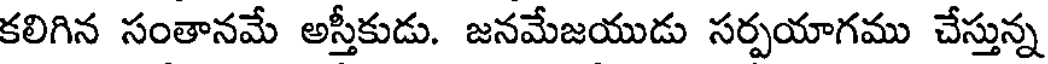
కలిగిన సంతానమే అస్తీకుడు. జనమేజయుడు సర్పయాగము చేస్తున్న